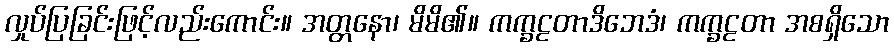
လှုပ်ပြခြင်းဖြင့်လည်းကောင်း။ အတ္တနော၊ မိမိ၏။ ကက္ခဠတာဒိဘေဒံ၊ ကက္ခဠတာ အစရှိသော